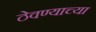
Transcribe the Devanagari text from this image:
ठेवण्‍याच्‍या